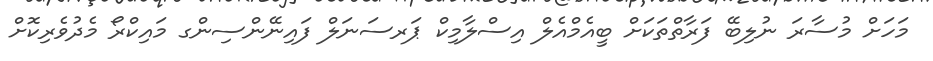
މަހަށް މުސާރަ ނުލިބޭ ފަރާތްތަކަށް ބީއެމްއެލް އިސްލާމިކް ޕަރސަނަލް ފައިނޭންސިންގ މައިކްރޯ މެދުވެރިކޮށް